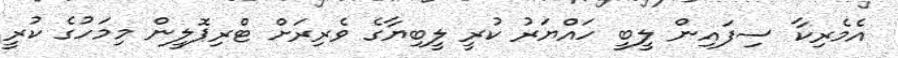
އެމެރިކާ ސިފައިން ލީބީ ހައްޔަރު ކުރީ ލީބިޔާގެ ވެރިރަށް ޓްރިޕޮލީން މިމަހުގެ ކުރީ